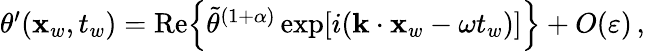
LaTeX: \begin{array}{r}{\theta^{\prime}(\mathbf{x}_{w},t_{w})=\mathrm{Re}\Big\{ \tilde{\theta}^{(1+\alpha)}\exp[i(\mathbf{k}\cdot\mathbf{x}_{w}-\omega t_{w})]\Big\} +{O}\! \left({\varepsilon}\right)\, ,}\end{array}